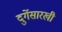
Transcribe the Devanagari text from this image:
दुर्गेसारखी